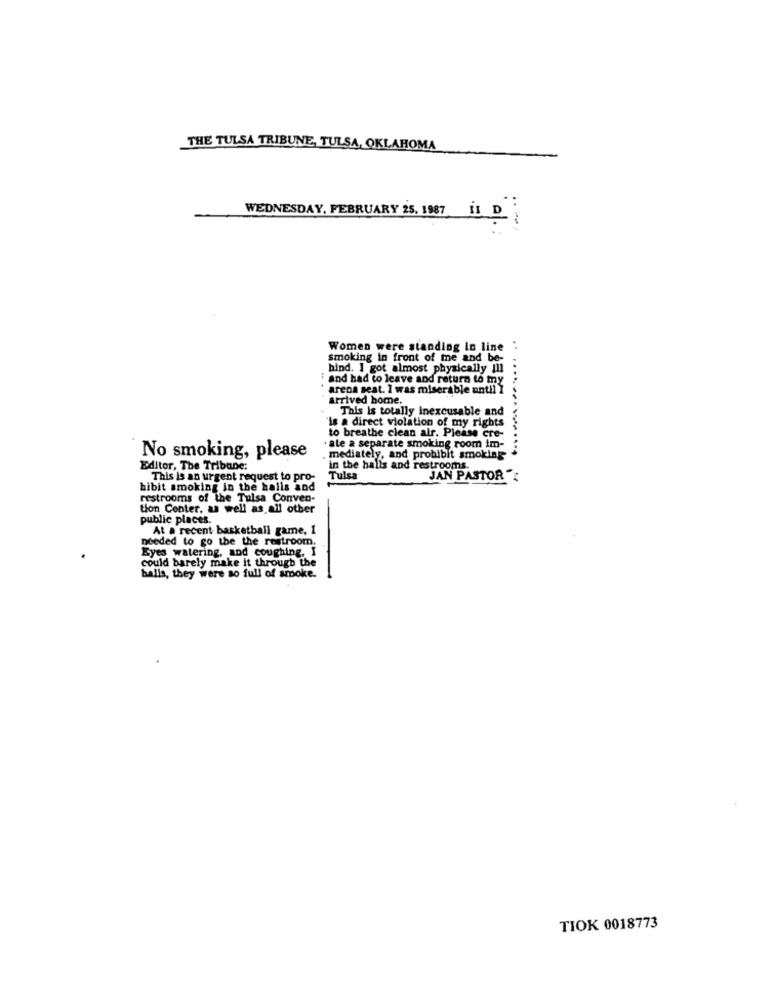
THE TULSA TRIBUNE, TULSA, OKLAHOMA
WEDNESDAY, FEBRUARY 25, 1987 11 D
Women were standing In line
smoking in front of me and be-
hind. I got almost physically Ill
: and had to leave and return to my
arena seat. I was miserable until I
arrived home.
This is totally inexcusable and
"is a direct violation of my rights
to breathe clean air. Please cre-
ate a separate smoking room im-
No smoking, please
mediately, and prohibit smoking
.. ..............
Editor, The Tribune:
in the halls and restrooms.
This is an urgent request to pro-
Tulsa
JAN PASTOR":
hibit smoking in the halls and
restrooms of the Tulsa Conven-
tion Center, as well as all other
public places.
At a recent basketball game. 1
needed to go the the restroom.
Eyes watering, and coughing. I
could barely make it through the
balls, they were so full of smoke.
TIOK 0018773